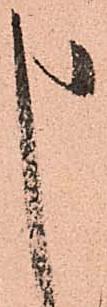
申